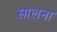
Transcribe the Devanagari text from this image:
सालना